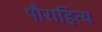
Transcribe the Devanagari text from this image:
पौराहित्य